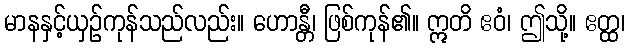
မာနနှင့်ယှဉ်ကုန်သည်လည်း။ ဟောန္တီ၊ ဖြစ်ကုန်၏။ ဣတိ ဧဝံ၊ ဤသို့။ ဧတ္ထ၊